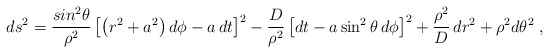
\begin{align*} ds^2= \frac{sin^2{\theta}}{\rho^2} \left[\left( r^2 +a^2 \right) d\phi - a \, dt \right]^2-\frac{D}{\rho^2} \left[ dt - a \sin^2{ \theta } \, d\phi \right]^2 +\frac{\rho^2}{D} \, dr^2 +{\rho^2} d\theta^2 \;,\end{align*}